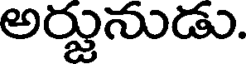
అర్జునుడు.